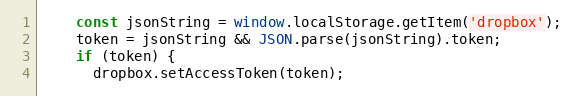
Language: JavaScript
    const jsonString = window.localStorage.getItem('dropbox');
    token = jsonString && JSON.parse(jsonString).token;
    if (token) {
      dropbox.setAccessToken(token);